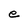
Character: e